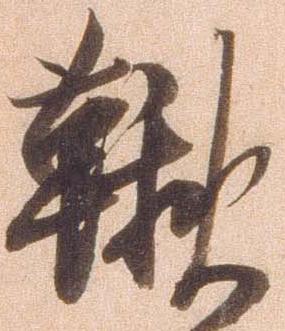
鞦